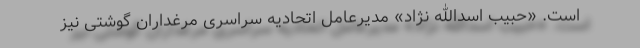
است. «حبیب اسدالله نژاد» مدیرعامل اتحادیه سراسری مرغداران گوشتی نیز